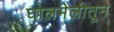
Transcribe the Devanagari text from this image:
घालमेलीतून